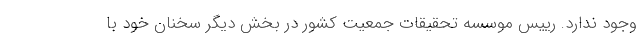
وجود ندارد. رییس موسسه تحقیقات جمعیت کشور در بخش دیگر سخنان خود با